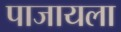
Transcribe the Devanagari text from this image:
पाजायला